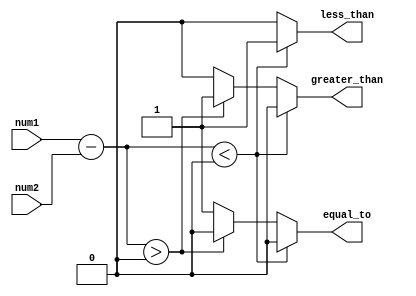
module inequality_comparator(
    input [7:0] num1,
    input [7:0] num2,
    output less_than,
    output greater_than,
    output equal_to
);

reg less_than, greater_than, equal_to;

reg [7:0] diff;
reg zero;

always @ (num1 or num2) begin
    diff = num1 - num2;
    if (diff < 8'b0) begin
        less_than = 1;
        greater_than = 0;
        equal_to = 0;
    end else if (diff > 8'b0) begin
        less_than = 0;
        greater_than = 1;
        equal_to = 0;
    end else begin
        less_than = 0;
        greater_than = 0;
        equal_to = 1;
    end
end

endmodule